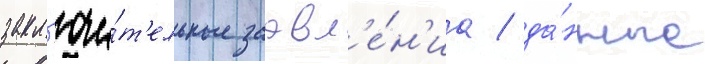
закл'ючи́т'ельные заавл'е́н'иа / да́нные